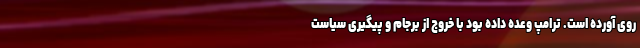
روی آورده است. ترامپ وعده داده بود با خروج از برجام و پیگیری سیاست